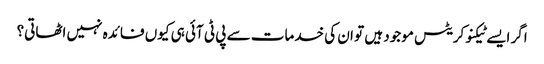
اگر ایسے ٹیکنوکریٹس موجود ہیں تو ان کی خدمات سے پی ٹی آئی ہی کیوں فائدہ نہیں اٹھاتی؟